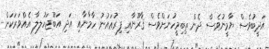
އަދީބުވެސް ޔާމީނުވެސް ދެން ތިބިމީހުނަށްވެސް ޤާރޫނާއި ފިރުޢައުނު ހާމާނާއި އަދި އަބޫޖަހުލލާ އެއްވަރަކަށް